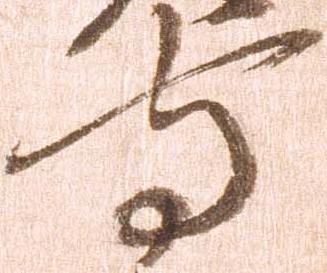
守